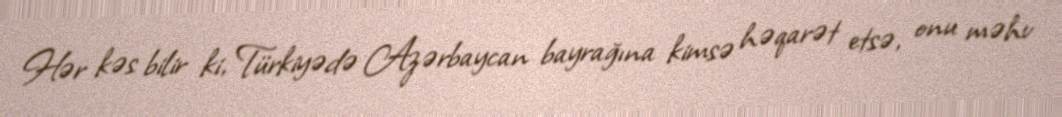
Hər kəs bilir ki, Türkiyədə Azərbaycan bayrağına kimsə həqarət etsə, onu məhv